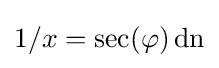
1/x=\sec(\varphi )\operatorname {dn}